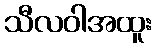
သီလဝါအထူး